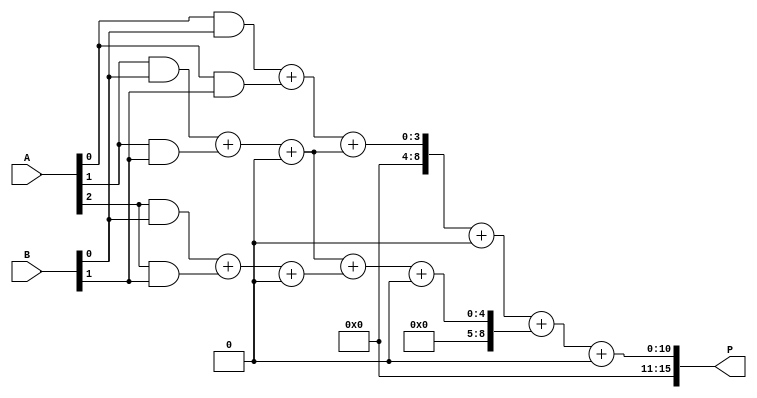
module wallace_tree_multiplier #(parameter N = 8)(
    input [N-1:0] A,
    input [N-1:0] B,
    output [2*N-1:0] P
);

// Partial Product Generation
wire [N-1:0] pp[N-1:0]; // Partial products

generate
    genvar i, j;
    for (i = 0; i < N; i = i + 1) begin : pp_gen
        for (j = 0; j < N; j = j + 1) begin : pp_row
            assign pp[i][j] = A[i] & B[j];
        end
    end
endgenerate

// Wallace Tree Reduction: Stage 1
wire [N:0] sum_w1[N-1:0]; // For half adder and full adder sums
wire [N-1:0] carry_w1[N-1:0]; // For half adder and full adder carries

// Half Adder and Full Adder Reduction
generate
    for (i = 0; i < N; i = i + 1) begin : reduction_stage
        if (i == 0) begin // First row
            assign sum_w1[i] = pp[i][0] + pp[i][1]; // Half adder for first two
            assign carry_w1[i] = 1'b0; // No carry initially
        end else begin
            // Full Adder for next rows
            assign {carry_w1[i], sum_w1[i]} = pp[i][0] + pp[i][1] + carry_w1[i-1];
        end
    end
endgenerate

// Stage 2: Further Reduction
wire [N:0] sum_w2[N-1:0]; // Second stage sums
wire [N-1:0] carry_w2[N-1:0]; // Second stage carries

generate
    for (i = 0; i < N; i = i + 1) begin : reduction_stage_2
        if (i < N - 1) begin
            assign {carry_w2[i], sum_w2[i]} = sum_w1[i] + sum_w1[i+1] + carry_w1[i];
        end
    end
endgenerate

// Final Addition
wire [2*N-1:0] final_sum;

// Carry Propagate Adder
assign final_sum = {1'b0, sum_w2[0]} + {1'b0, sum_w2[1]} + {N{1'b0}}; // Final addition of last two rows

// Final Product Output
assign P = final_sum;

// Additional Logic for Carry Chain if needed can be added here.
// Note: This is a simplified implementation and may need adjustments for specific optimizations.

endmodule